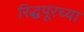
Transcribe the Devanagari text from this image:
रिद्धपूरच्या